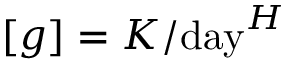
[ g ] = K / \mathrm { d a y } ^ { H }